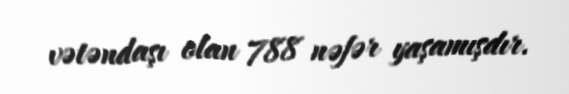
vətəndaşı olan 788 nəfər yaşamışdır.